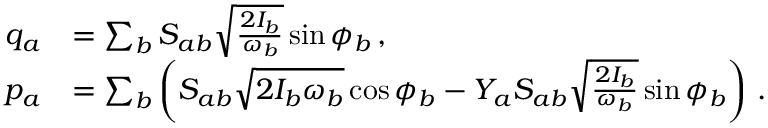
\begin{array} { r l } { q _ { a } } & { = \sum _ { b } S _ { a b } \sqrt { \frac { 2 I _ { b } } { \omega _ { b } } } \sin \phi _ { b } \, , } \\ { p _ { a } } & { = \sum _ { b } \left( S _ { a b } \sqrt { 2 I _ { b } \omega _ { b } } \cos \phi _ { b } - Y _ { a } S _ { a b } \sqrt { \frac { 2 I _ { b } } { \omega _ { b } } } \sin \phi _ { b } \right) \, . } \end{array}